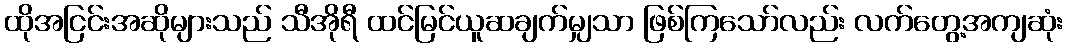
ထိုအငြင်းအဆိုများသည် သီအိုရီ ထင်မြင်ယူဆချက်မျှသာ ဖြစ်ကြသော်လည်း လက်တွေ့အကျဆုံး